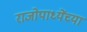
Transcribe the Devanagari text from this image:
राजोपाध्येंच्या